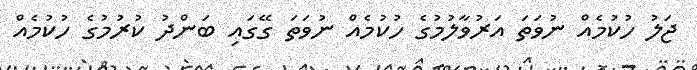
ޖަލު ހުކުމެއް ނުވަތަ އަރުވާލުމުގެ ހުކުމެއް ނުވަތަ ގޭގައި ބަންދު ކުރުމުގެ ހުކުމެއް